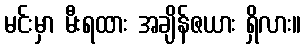
မင်းမှာ မီးရထား အချိန်ဇယား ရှိလား။